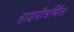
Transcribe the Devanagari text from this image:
हाइपोडर्मिल